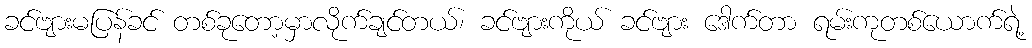
ခင်ဗျားမပြန်ခင် တစ်ခုတော့မှာလိုက်ချင်တယ်၊ ခင်ဗျားကိုယ် ခင်ဗျား ဒေါက်တာ ရမ်းကုတစ်ယောက်ရဲ့